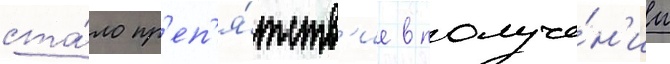
ста́ло пр'еп'я́тств'ие в получе́н'ии